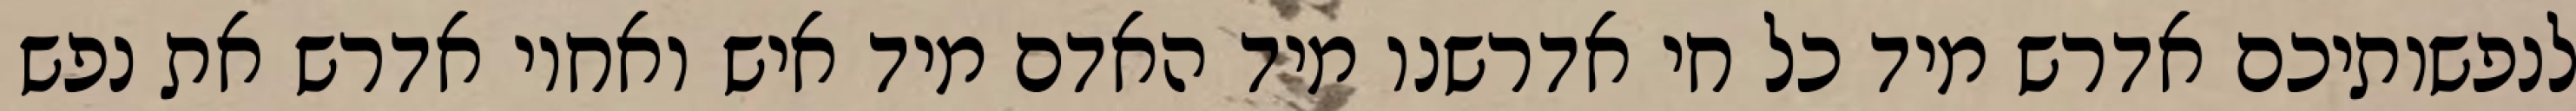
לנפשותיכם אדרש מיד כל חי אדרשנו מיד האדם מיד איש ואחיו אדרש את נפש